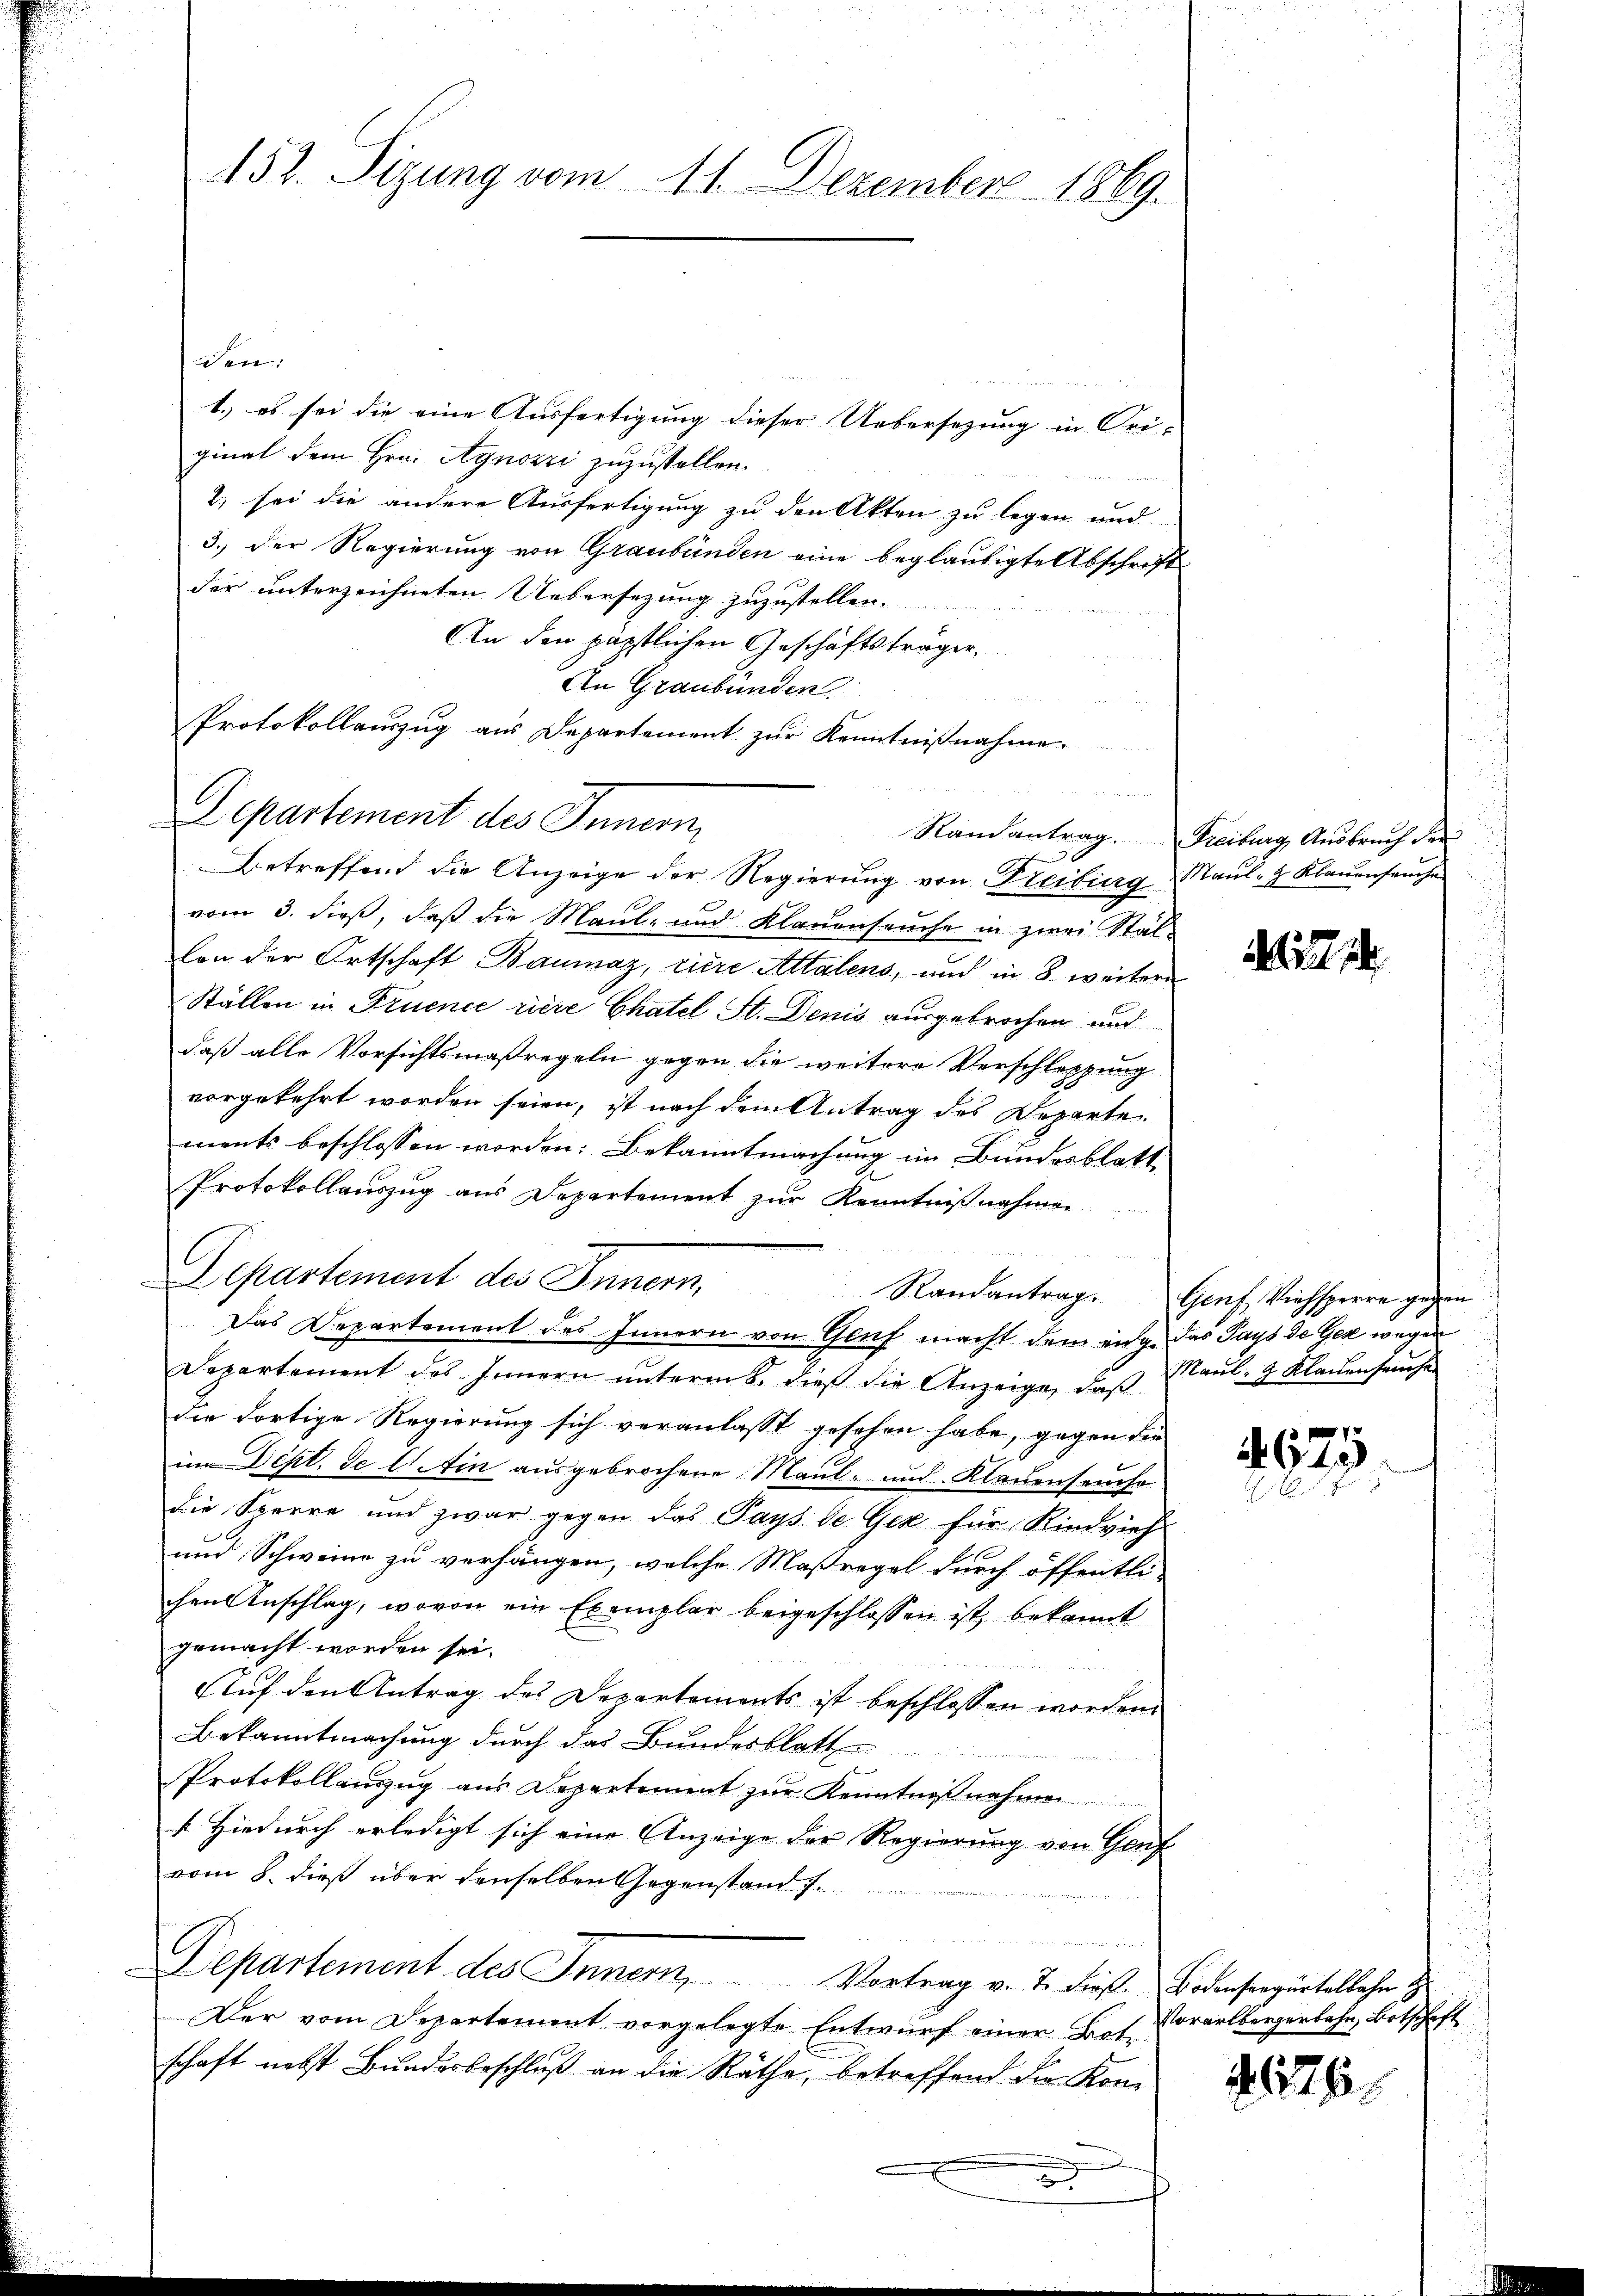
152. Sizung vom 11. Dezember 1869.

den:
1.) es sei die eine Ausfertigung dieser Uebersezung in Ori-
ginal dem Hrn. Agnozzi zuzustellen.
2) sei die andere Ausfertigung zu den Akten zu legen und
3.) Der Regierung von Graubünden eine beglaubigte Abschrift
der unterzeichneten Uebersezung zuzustellen.
An den päpstlichen Geschäftsträger,
An Graubünden
Protokollauszug aus Departement zur Kenntnißnahme.
Departement des Innern,
Betreffend die Anzeige der Regierŭng von Freibung Maul- & Klaŭensaŭche
vom 3. dieß, daß die Maul- und Klauenseuche in zwei Stäl-
lon der Ortschaft Baumaz, riere Attalens, und in 8 weitern
Ställen in Truence riere Chatel St. Denis ausgebrochen und
daß alle Vorsichtsmaßregeln gegen die weitere Verschleppung
vorgekehrt worden seien, ist nach dem Antrag des Departe
ments beschlossen worden: Bekanntmachung im Bundesblatt
Protokollauszug aus Departement zŭr Kenntniβnahmen
g
Departement des Innern Randantrag. Genf, Viehsperre gegen
Das Departement des Innern von Genf macht dem eng. Das Pays de Gek wegen
Departement des Innern unterm 8. dieß die Anzeige, daß Maul- & Klauenseuchen
die dortige Regierung sich veranlasst gesehen habe, gegen die
im Dept. Je 11. Ain ausgebrochene Maul- und Klauenseuche
die Sperre und zwar gegen das Pays de Giz für Rindvieh
und Schweine zu verhängen, welche Maßregel durch öffentli-
chen Anschlag, wovon ein Exemplar beigeschlossen ist, bekannt
gemacht worden sei.
Auf den Antrag des Departements ist beschlossen worden.
Bekanntmachung durch das Bundesblatt
b
Protokollauszug aus Departement zur Kenntnißnahmen
Hiedurch erledigt sich eine Anzeige der Regierung von Genf
vom 8. dieß über denselben Gegenstand s.
Departement des Innern, Vortrag v. J. diese Bodenseegürtelbahn H
Der vom Departement vorgelegte Entwurf einer Botschaft nebst Bundesbeschluß an die Räthe, betreffend die Kom¬

n

2
.

Randantrag. Freiburg, Ausbruch der

127. 14

4625

Vorarlbergerbahn, botschaft

176